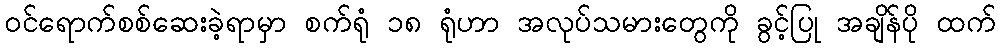
ဝင်ရောက်စစ်ဆေးခဲ့ရာမှာ စက်ရုံ ၁၈ ရုံဟာ အလုပ်သမားတွေကို ခွင့်ပြု အချိန်ပို ထက်